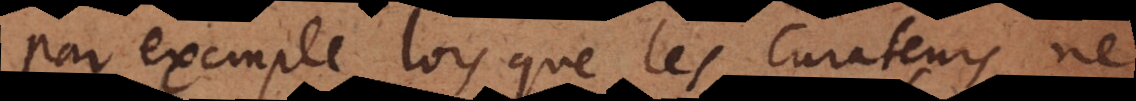
par exemple lors que les Curateurs n